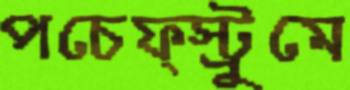
পচেফ্স্ট্রুমে